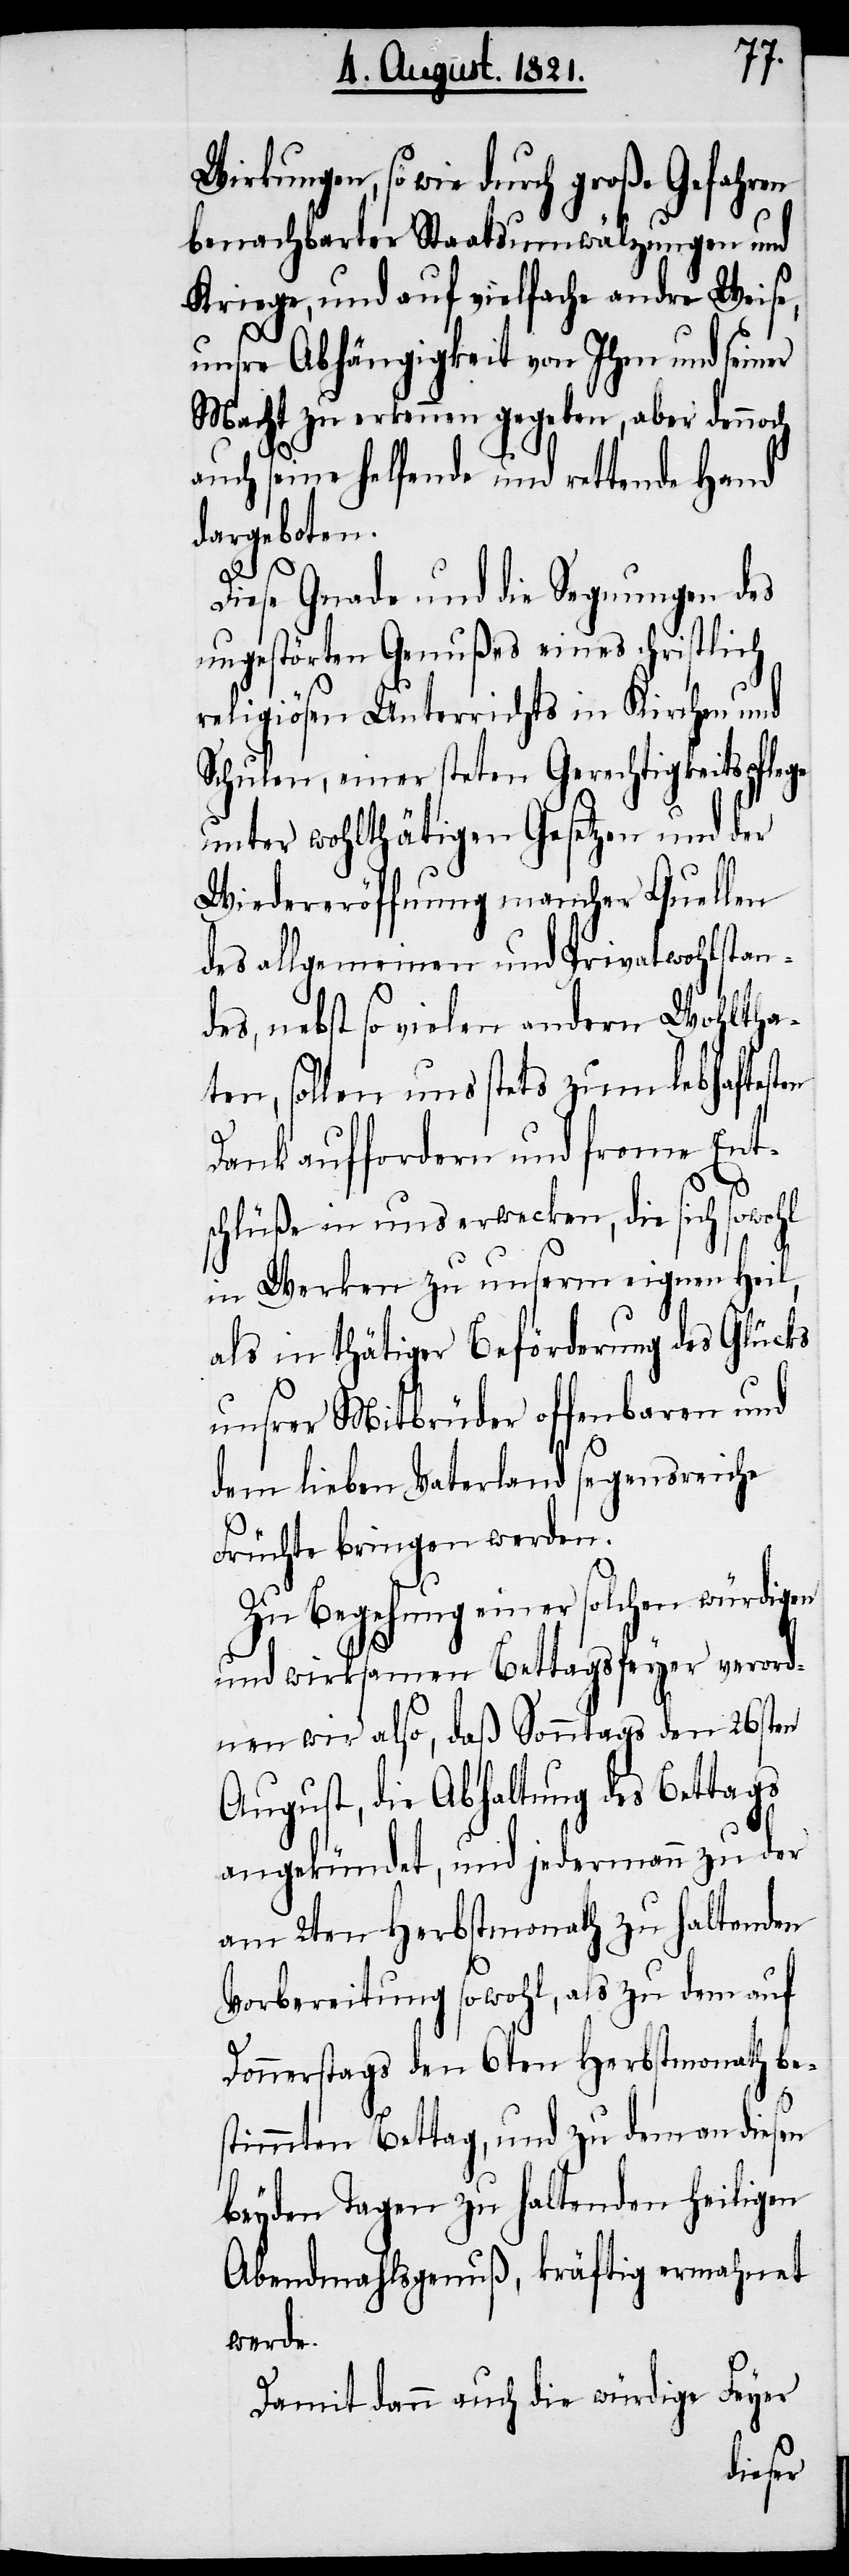
Wirkungen, so wie durch große Gefahren
benachbarter Staatsumwälzungen und
Kriege, und auf vielfache andre Weise,
unsrer Abhängigkeit von Ihm und seiner
Macht zu erkennen gegeben, aber dennoch
auch seine helfende und rettende Hand
dargeboten.
Diese Gnade und die Segnungen des
ungestörten Genußes eines christlich
religiösen Unterrichts in Kirchen und
Schulen, einer steten Gerechtigkeitspflege
unter wohlthätigen Gesetzen und der
Wiedereröffnung mancher Quellen
des allgemeinen und Privatwohlstan¬
des, nebst so vielen andern Wohltha¬
ten, sollen uns stets zum lebhaftesten
Dank auffordern und frome Ent¬
schlüße in uns wecken, die sich sowohl
in Werken zu unserm eignen Heil,
als in thätiger Beförderung des Glücks
unsrer Mitbrüder offenbaren und
dem lieben Vaterland segensreiche
Früchte bringen werden.
Zu Begehung einer solchen würdigen
und wirksamen Bettagsfeyer verord¬
nen wir also, daß Sonntags den 26sten
August, die Abhaltung des Bettags
angekündet, und jedermann zu der
am 2ten Herbstmonat zu haltenden
Vorbereitung sowohl, als zu dem auf
Donnerstags den 6ten Herbstmonath be¬
stimmten Bettag, und zu dem an diesen
beyden Tagen zu haltenden heiligen
Abendmahlsgenuß, kräftig ermahnet
werde.
Damit dann auch die würdige Feyer